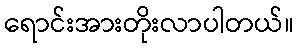
ရောင်းအားတိုးလာပါတယ်။